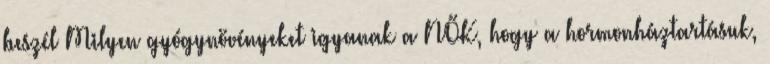
beszél Milyen gyógynövényeket igyanak a NŐK, hogy a hormonháztartásuk,